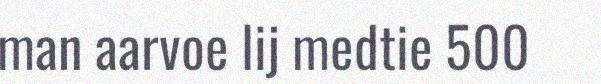
man aarvoe lij medtie 500